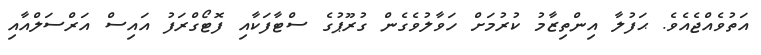
އަތުވެއްޖެއެވެ. ޙަފުލާ އިންތިޒާމު ކުރުމަށް ހަވާލުވެގެން ގުރޫޕުގެ ސްޓާފަކާއި ފޮޓޯގްރަފު އައިސް އަރްސަލްއާއި